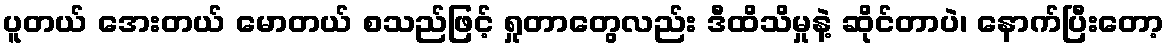
ပူတယ် အေးတယ် မောတယ် စသည်ဖြင့် ရှုတာတွေလည်း ဒီထိသိမှုနဲ့ ဆိုင်တာပဲ၊ နောက်ပြီးတော့